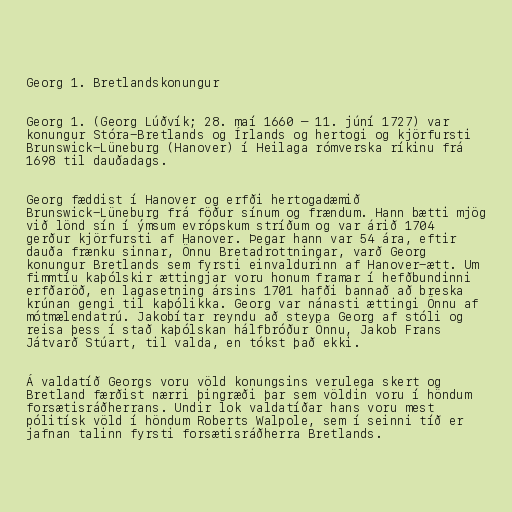
Georg 1. Bretlandskonungur

Georg 1. (Georg Lúðvík; 28. maí 1660 – 11. júní 1727) var
konungur Stóra-Bretlands og Írlands og hertogi og kjörfursti
Brunswick-Lüneburg (Hanover) í Heilaga rómverska ríkinu frá
1698 til dauðadags.

Georg fæddist í Hanover og erfði hertogadæmið
Brunswick-Lüneburg frá föður sínum og frændum. Hann bætti mjög
við lönd sín í ýmsum evrópskum stríðum og var árið 1704
gerður kjörfursti af Hanover. Þegar hann var 54 ára, eftir
dauða frænku sinnar, Önnu Bretadrottningar, varð Georg
konungur Bretlands sem fyrsti einvaldurinn af Hanover-ætt. Um
fimmtíu kaþólskir ættingjar voru honum framar í hefðbundinni
erfðaröð, en lagasetning ársins 1701 hafði bannað að breska
krúnan gengi til kaþólikka. Georg var nánasti ættingi Önnu af
mótmælendatrú. Jakobítar reyndu að steypa Georg af stóli og
reisa þess í stað kaþólskan hálfbróður Önnu, Jakob Frans
Játvarð Stúart, til valda, en tókst það ekki.

Á valdatíð Georgs voru völd konungsins verulega skert og
Bretland færðist nærri þingræði þar sem völdin voru í höndum
forsætisráðherrans. Undir lok valdatíðar hans voru mest
pólitísk völd í höndum Roberts Walpole, sem í seinni tíð er
jafnan talinn fyrsti forsætisráðherra Bretlands.